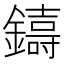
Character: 𮣑